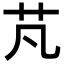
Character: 芃